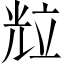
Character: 𱏦